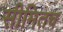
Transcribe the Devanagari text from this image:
सीमितच